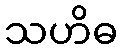
သဟိဓ